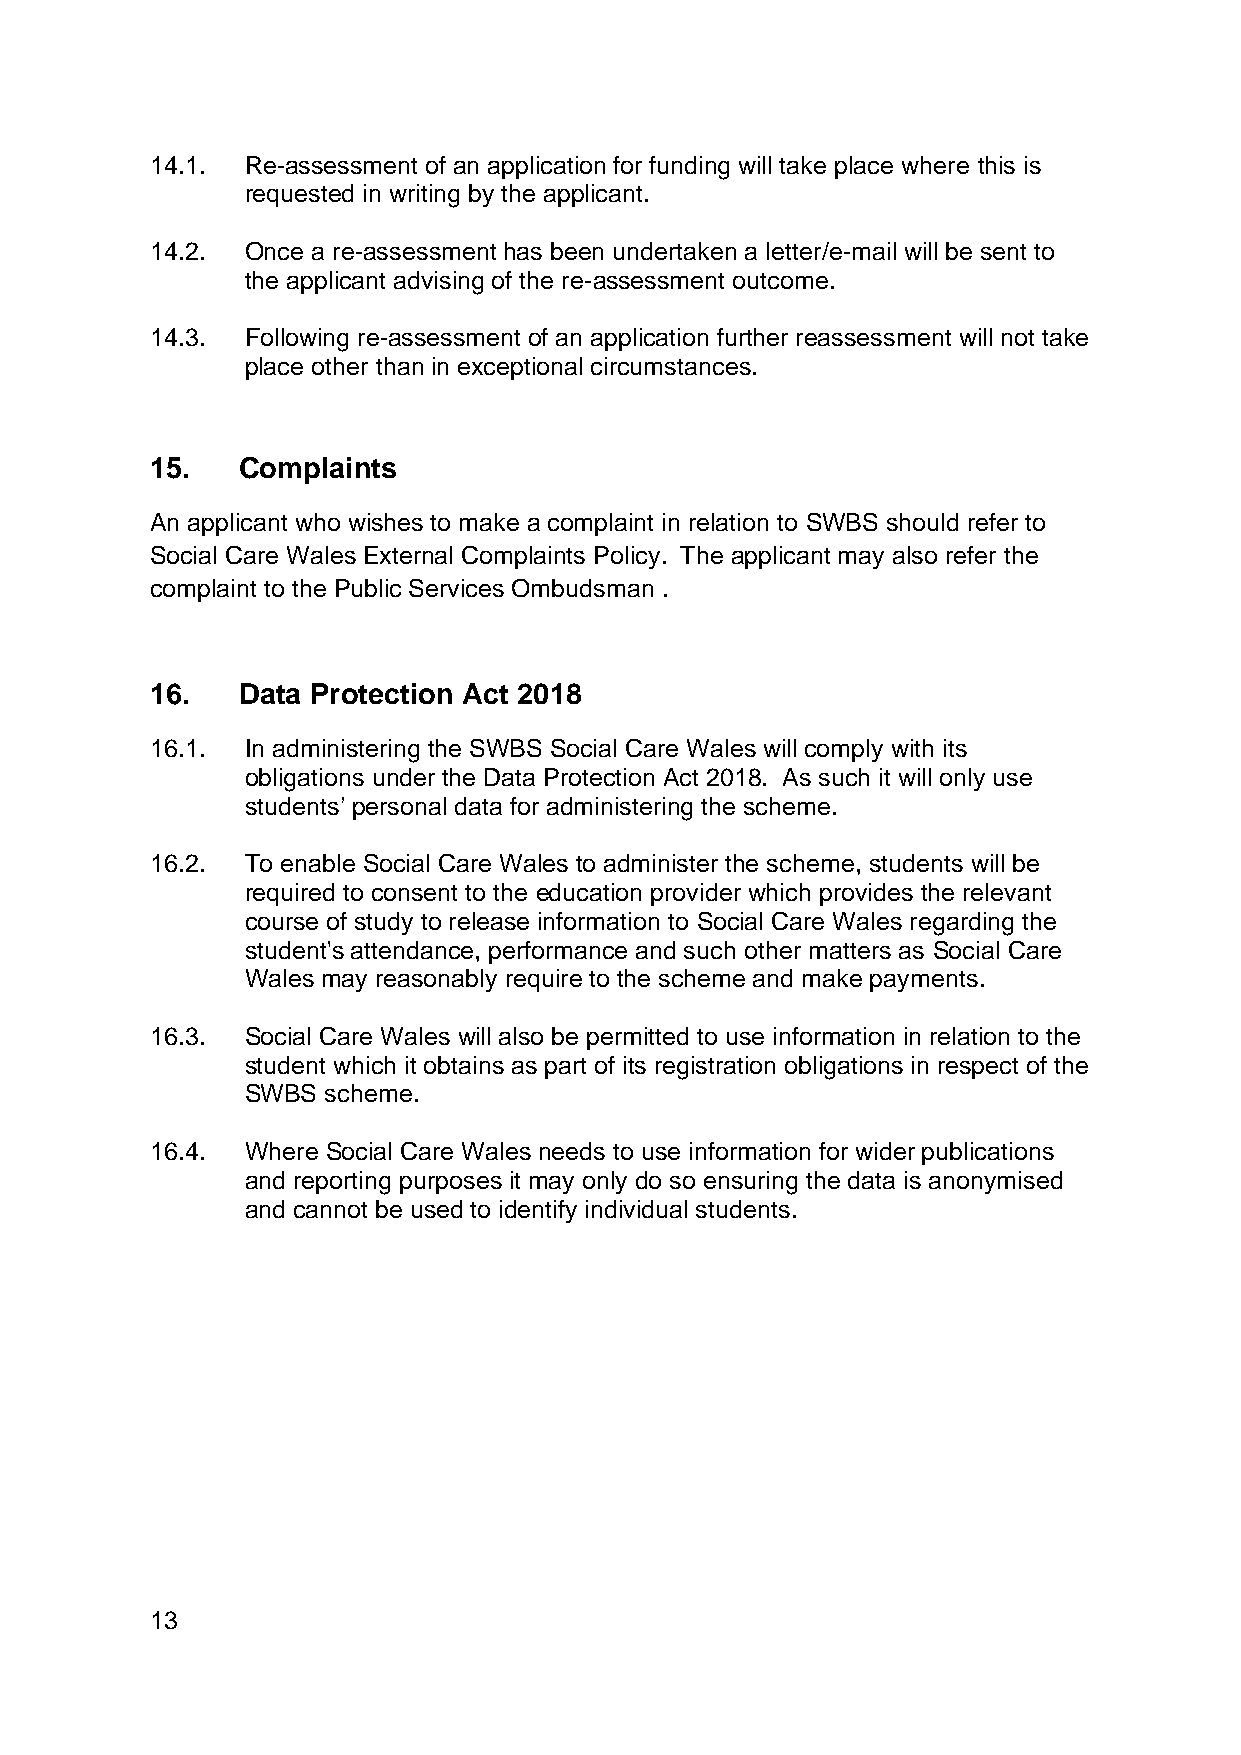
14.1. Re-assessment of an application for funding will take place where this is
 requested in writing by the applicant.
 14.2. Once a re-assessment has been undertaken a letter/e-mail will be sent to
 the applicant advising of the re-assessment outcome.
 14.3. Following re-assessment of an application further reassessment will not take
 place other than in exceptional circumstances.
 15.   Complaints
 An applicant who wishes to make a complaint in relation to SWBS should refer to
 Social Care Wales External Complaints Policy. The applicant may also refer the
 complaint to the Public Services Ombudsman .
 16.   Data Protection Act 2018
 16.1. In administering the SWBS Social Care Wales will comply with its
 obligations under the Data Protection Act 2018. As such it will only use
 students’ personal data for administering the scheme.
 16.2. To enable Social Care Wales to administer the scheme, students will be
 required to consent to the education provider which provides the relevant
 course of study to release information to Social Care Wales regarding the
 student's attendance, performance and such other matters as Social Care
 Wales may reasonably require to the scheme and make payments.
 16.3. Social Care Wales will also be permitted to use information in relation to the
 student which it obtains as part of its registration obligations in respect of the
 SWBS scheme.
 16.4. Where Social Care Wales needs to use information for wider publications
 and reporting purposes it may only do so ensuring the data is anonymised
 and cannot be used to identify individual students.
 13